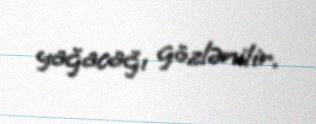
yağacağı gözlənilir.